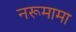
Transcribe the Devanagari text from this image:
नरूमामा